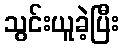
သွင်းယူခဲ့ပြီး